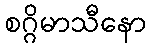
စဂ္ဂိမာသီနော